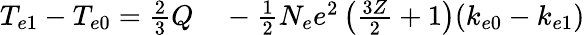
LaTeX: \begin{array}{rl}{T_{e1}-T_{e0}=\frac{2}{3}Q}&{{}-\frac{1}{2}N_{e}e^{2}\left(\frac{3Z}{2}+1\right)(k_{e0}-k_{e1})}\end{array}